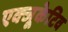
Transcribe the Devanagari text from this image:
एक्‍जूकेटिव